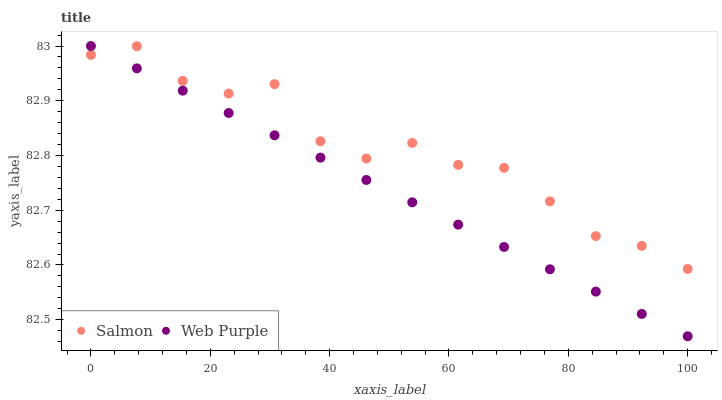
| xaxis_label | Salmon | Web Purple |
 | --- | --- | --- |
 | 0 | 83 | 83 |
 | 7.69 | 83 | 83 |
 | 15.4 | 82.9 | 82.9 |
 | 23.1 | 82.9 | 82.9 |
 | 30.8 | 82.9 | 82.8 |
 | 38.5 | 82.8 | 82.8 |
 | 46.2 | 82.8 | 82.8 |
 | 53.8 | 82.8 | 82.7 |
 | 61.5 | 82.8 | 82.7 |
 | 69.2 | 82.8 | 82.6 |
 | 76.9 | 82.7 | 82.6 |
 | 84.6 | 82.7 | 82.6 |
 | 92.3 | 82.6 | 82.5 |
 | 100 | 82.6 | 82.5 |